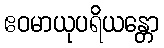
ဧဝမာယုပရိယန္တော